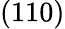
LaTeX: \left(110\right)